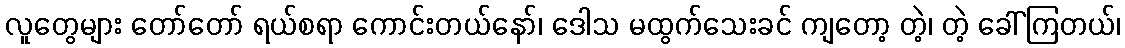
လူတွေများ တော်တော် ရယ်စရာ ကောင်းတယ်နော်၊ ဒေါသ မထွက်သေးခင် ကျတော့ တဲ့၊ တဲ့ ခေါ်ကြတယ်၊